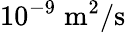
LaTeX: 10^{-9}\; \mathrm{m}^{2}/\mathrm{s}